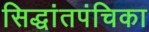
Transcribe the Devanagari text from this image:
सिद्धांतपंचिका